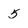
Character: 5